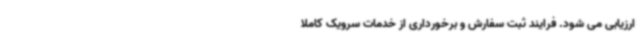
ارزیابی می شود. فرایند ثبت سفارش و برخورداری از خدمات سرویک کاملاً